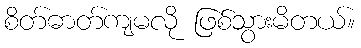
စိတ်ဓာတ်ကျမလို ဖြစ်သွားမိတယ်။